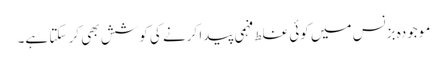
موجودہ بزنس میں کوئی غلط فہمی پیدا کرنے کی کوشش بھی کر سکتا ہے۔